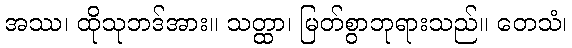
အဿ၊ ထိုသုဘဒ်အား။ သတ္ထာ၊ မြတ်စွာဘုရားသည်။ တေသံ၊